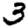
Digit: 3